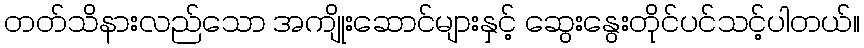
တတ်သိနားလည်သော အကျိုးဆောင်များနှင့် ဆွေးနွေးတိုင်ပင်သင့်ပါတယ်။